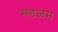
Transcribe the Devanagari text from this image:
मङळम